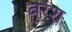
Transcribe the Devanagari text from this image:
बुरंश